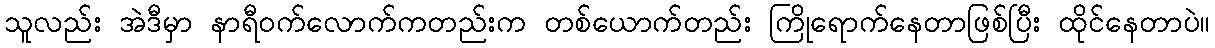
သူလည်း အဲဒီမှာ နာရီဝက်လောက်ကတည်းက တစ်ယောက်တည်း ကြိုရောက်နေတာဖြစ်ပြီး ထိုင်နေတာပဲ။